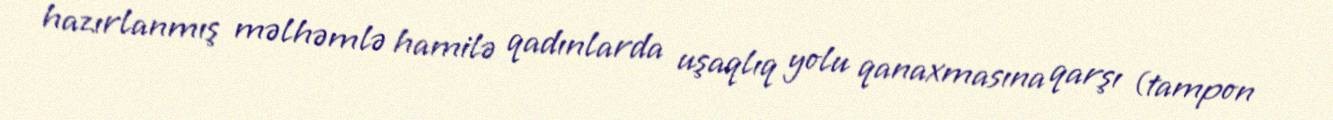
hazırlanmış məlhəmlə hamilə qadınlarda uşaqlıq yolu qanaxmasına qarşı (tampon